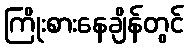
ကြိုးစားနေချိန်တွင်